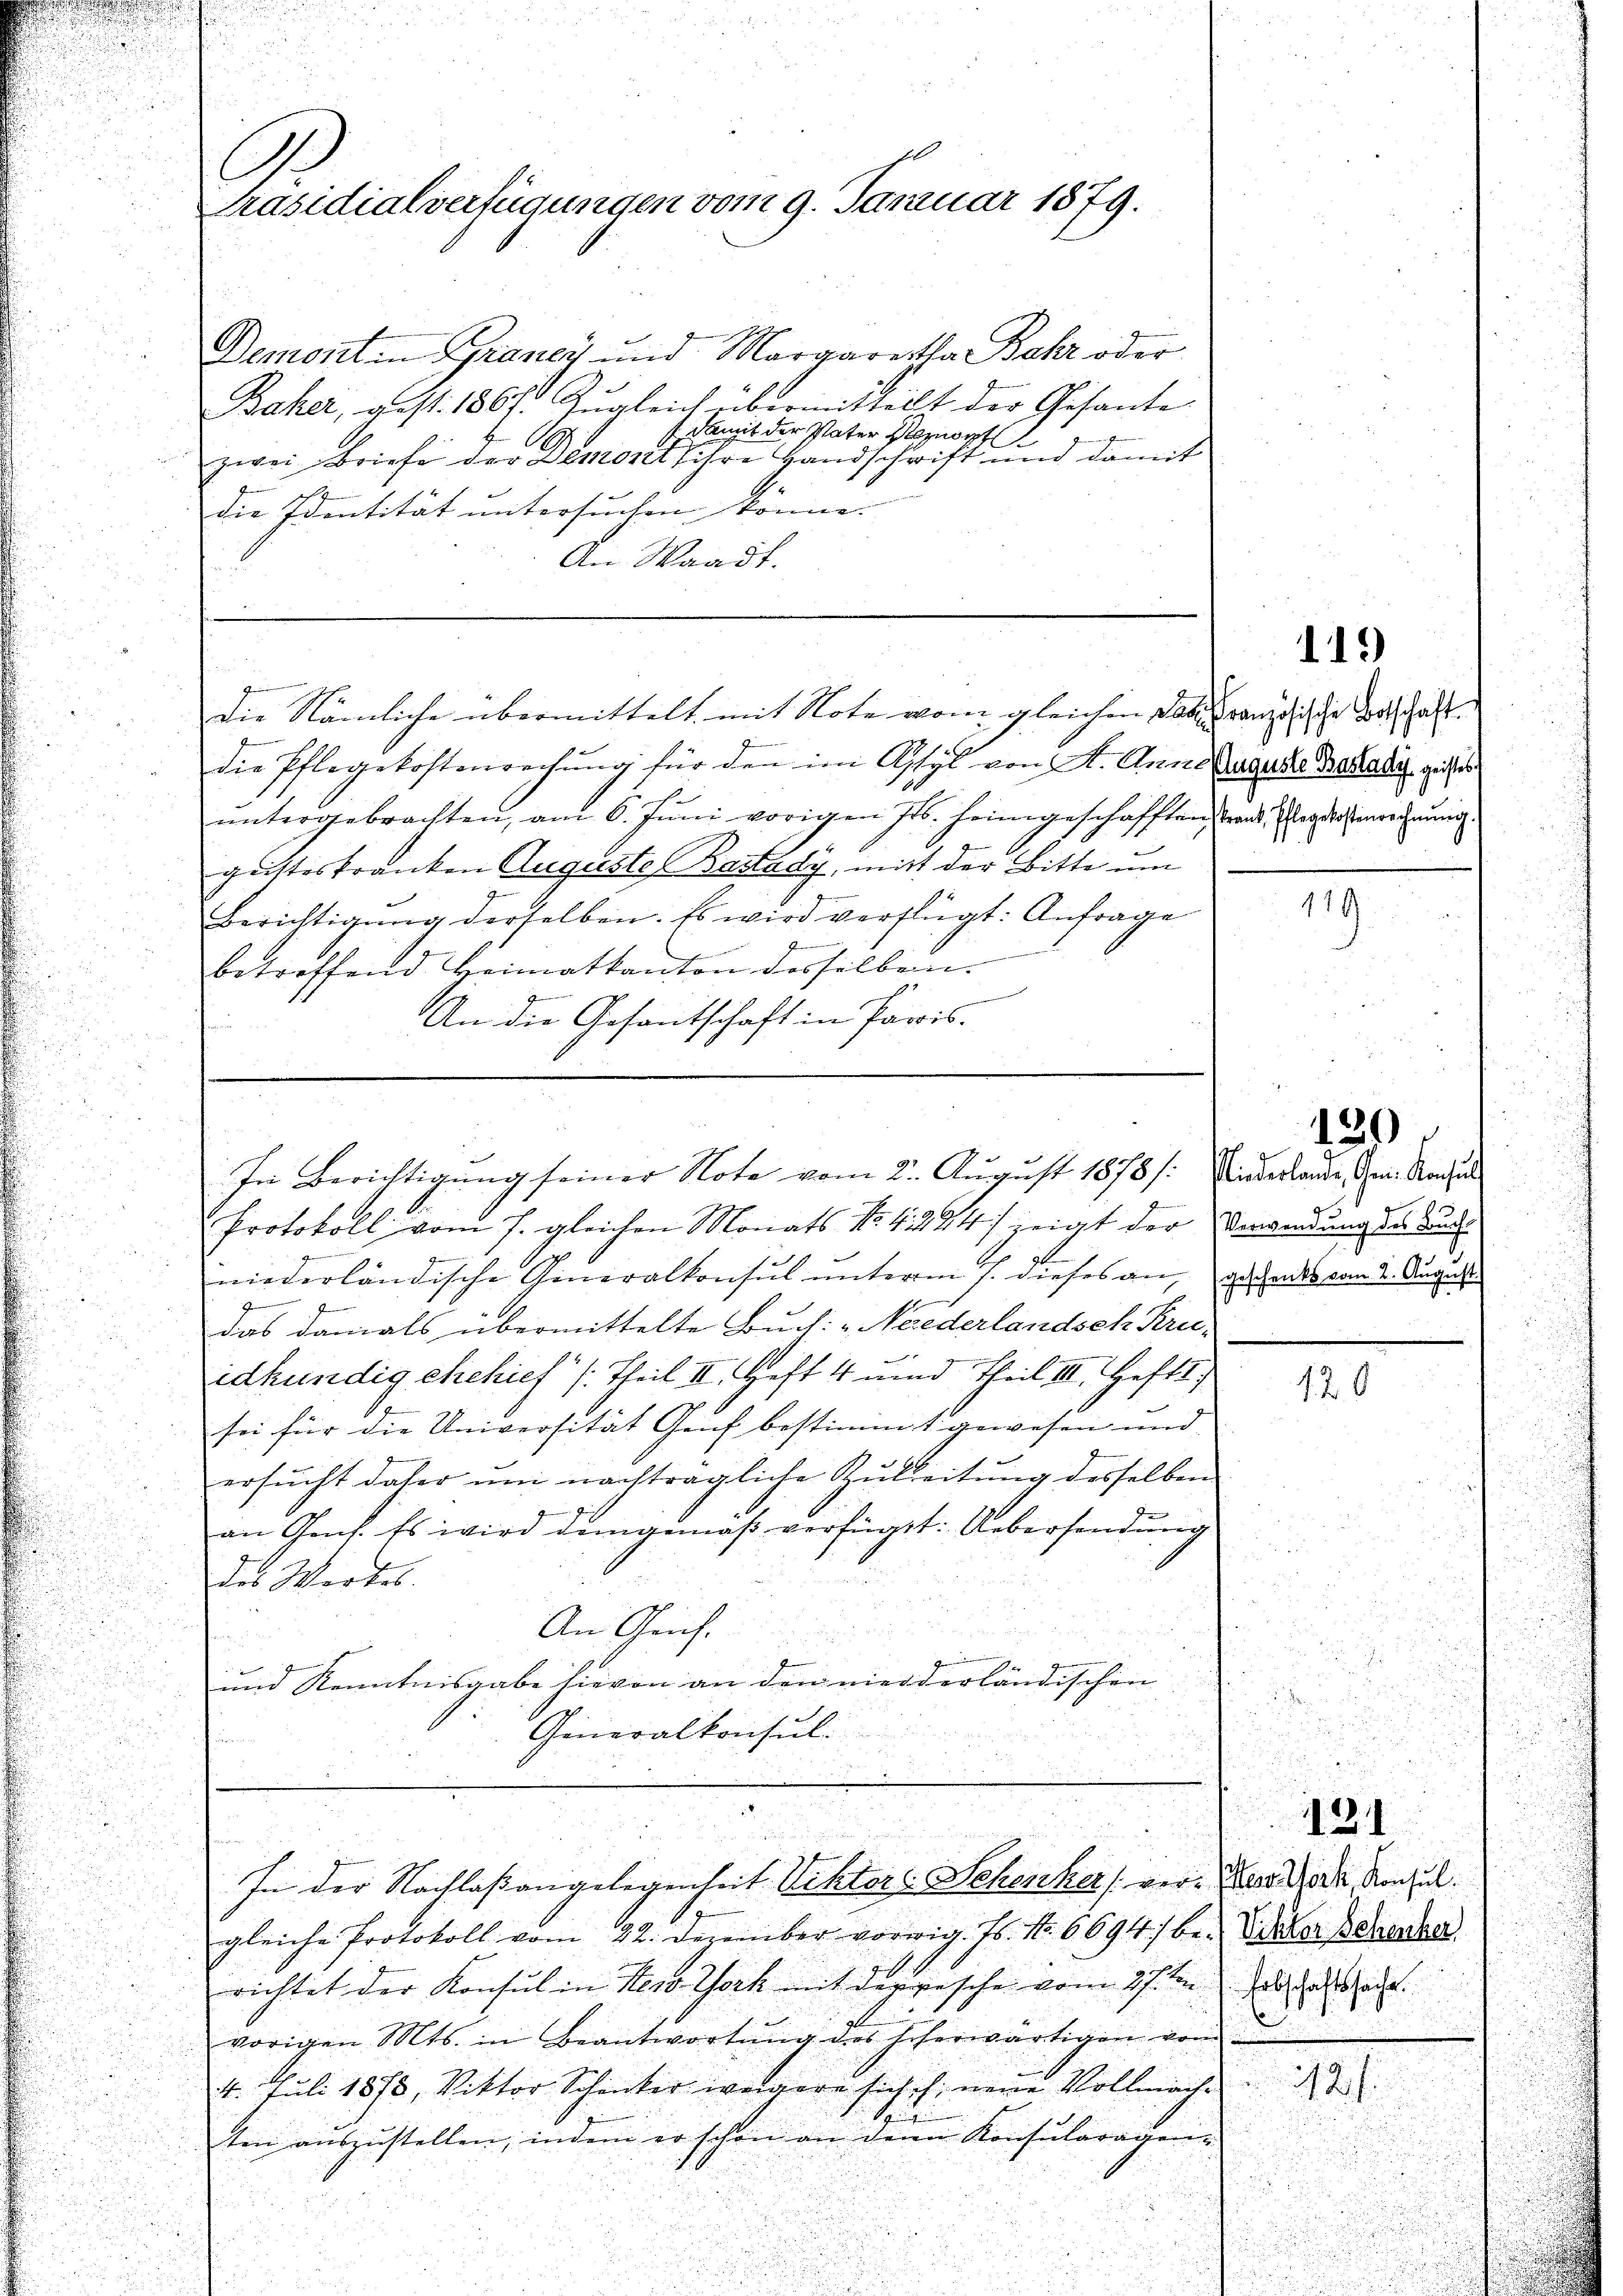
u

C
Präsidialverfügungen vom 9. Januar 1879.

Demontin Graney und Margaretha Behr oder
2
Baker, gest. 186 f. Zugleich übermittelt der Gesante
 Damit der Pater Stenort
zwei Briefe der Demonts ihre Handschrift und damit
die Identität untersuchen könne.
An Waadt.

gen
die Pflegekostenrechŭng für den im Assyl von A. Anna Auguste Batta die geistes
ŭntergebrachten, am 6. Juni vorigen Jos. Heimgeschafften staat Magistenordnung
geisteskranken Auguste Bastady, mit der Bitte um
Berichtigŭng derselben. Es wird verfügt: Anfrage
betreffend Heimatkanton desselben.

.
An die Gesantschaft in Paris.

die Nämliche übermittelt mit Note vom gleichen Passuranzösische Vorschaft

Protokoll vom 7. gleichen Monats Nr. 4224) zeigt der Verwendung die Su
niederländische Generalkonsul unterm 7. dieses an, geschendes vom 2. August
das damals übermittelte Buch: „Niederlandsch Kru-
idkundig ehelich /: Theil II. Heft 4 und Theil III. Hefti,
sei für die Universität Gruf bestimmt gewesen und
ersucht daher um nachträgliche Zuleitung desselben
an Gant. Es wird demgemäß verfügt: Uebersendung
des Werkes.
An Gerich.
und Kenntnisgabe hievon an den niederländischen
Generalkonsul

In Berichtigung seiner Note vom 2. August 1878/: Niederbande, den Nachale

¬
a
In der Nachlaßangelegenheit Viktors Schenker ver- Bei dote, Konsul

gleiche Protokoll vom 22. Dezember vorwig. Fs. No. 6694) be- Vikar Bchaska
richtet der Konsul in ders Werk mit dergesche vom 1sten ad act
vorigen Mts. in Beantwortŭng des hoherwärtigen von
4. Juli 1878, Viktor Schenker weigere sich ich neue Vollmache
t
ten aŭszŭstellen, indem er schon an denn Konsŭlaragen-

119)

119.

120

120

131

M